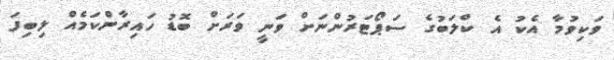
ވަކިވުމާ އެކު އެ ކްލަބުގެ ސަޕޯޓަރުންނަށް ވަނީ ވަރަށް ބޮޑު ހައިރާންކަމެއް ލިބިފަ